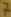
Text: 7